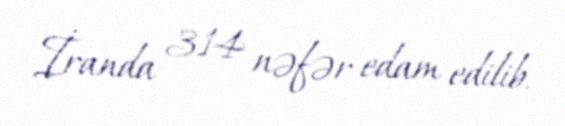
İranda 314 nəfər edam edilib.